Civil Veterinary Dept. Bombay admin report 1914-1922 - 1914-1922
Year: 1914
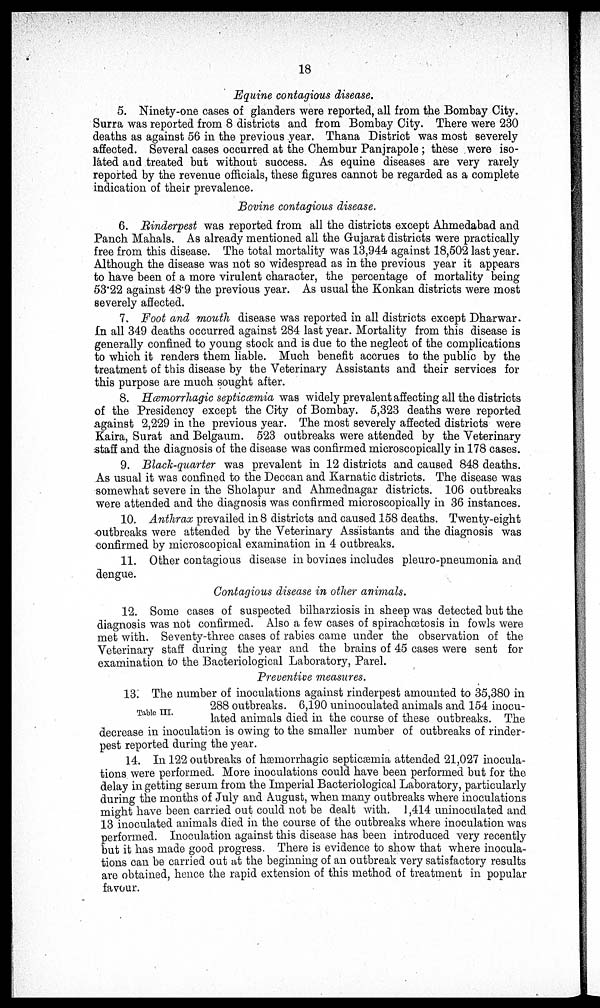
18
Equine contagious disease.
5. Ninety-one cases of glanders were reported, all from the Bombay City.
Surra was reported from 8 districts and from Bombay City. There were 230
deaths as against 56 in the previous year. Thana District was most severely
affected. Several cases occurred at the Chembur Panjrapole ; these were iso-
láted and treated but without success. As equine diseases are very rarely
reported by the revenue officials, these figures cannot be regarded as a complete
indication of their prevalence.
Bovine contagious disease.
6. Rinderpest was reported from all the districts except Ahmedabad and
Panch Mahals. As already mentioned all the Gujarat districts were practically
free from this disease. The total mortality was 13,944 against 18,502 last year.
Although the disease was not so widespread as in the previous year it appears
to have been of a more virulent character, the percentage of mortality being
53'22 against 48.9 the previous year. As usual the Konkan districts were most
severely affected.
7. Foot and mouth disease was reported in all districts except Dharwar.
In all 349 deaths occurred against 284 last year. Mortality from this disease is
generally confined to young stock and is due to the neglect of the complications
to which it renders them liable. Much benefit accrues to the public by the
treatment of this disease by the Veterinary Assistants and their services for
this purpose are much sought after.
8. Hæmorrhagic septicæmia was widely prevalent affecting all the districts
of the Presidency except the City of Bombay. 5,323 deaths were reported
against 2,229 in the previous year. The most severely affected districts were
Kaira, Surat and Belgaum. 523 outbreaks were attended by the Veterinary
staff and the diagnosis of the disease was confirmed microscopically in 178 cases.
9. Black-quarter was prevalent in 12 districts and caused 848 deaths.
As usual it was confined to the Deccan and Karnatic districts. The disease was
somewhat severe in the Sholapur and Ahmednagar districts. 106 outbreaks
were attended and the diagnosis was confirmed microscopically in 36 instances.
10. Anthrax prevailed in 8 districts and caused 158 deaths. Twenty-eight
outbreaks were attended by the Veterinary Assistants and the diagnosis was
confirmed by microscopical examination in 4 outbreaks.
11. Other contagious disease in bovines includes pleuro-pneumonia and
dengue.
Contagious disease in other animals.
12. Some cases of suspected bilharziosis in sheep was detected but the
diagnosis was not confirmed. Also a few cases of spirachœtosis in fowls were
met with. Seventy-three cases of rabies came under the observation of the
Veterinary staff during the year and the brains of 45 cases were sent for
examination to the Bacteriological Laboratory, Parel.
Preventive measures.
Table III.
13. The number of inoculations against rinderpest amounted to 35,380 in
288 outbreaks. 6,190 uninoculated animals and 154 inocu-
lated animals died in the course of these outbreaks. The
decrease in inoculation is owing to the smaller number of outbreaks of rinder-
pest reported during the year.
14. In 122 outbreaks of Hæmorrhagic septicæmia attended 21,027 inocula-
tions were performed. More inoculations could have been performed but for the
delay in getting serum from the Imperial Bacteriological Laboratory, particularly
during the months of July and August, when many outbreaks where inoculations
might have been carried out could not be dealt with. 1,414 uninoculated and
13 inoculated animals died in the course of the outbreaks where inoculation was
performed. Inoculation against this disease has been introduced very recently
but it has made good progress. There is evidence to show that where inocula-
tions can be carried out at the beginning of an outbreak very satisfactory results
are obtained, hence the rapid extension of this method of treatment in popular
favour.